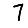
Digit: 7